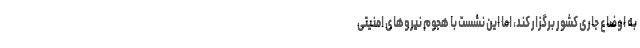
به اوضاع جاری کشور برگزار کند، اما این نشست با هجوم نیروهای امنیتی